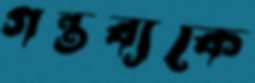
গন্তব্যকে